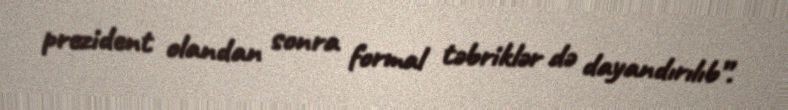
prezident olandan sonra formal təbriklər də dayandırılıb”.